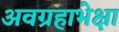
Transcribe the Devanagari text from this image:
अवग्रहाभेक्षा